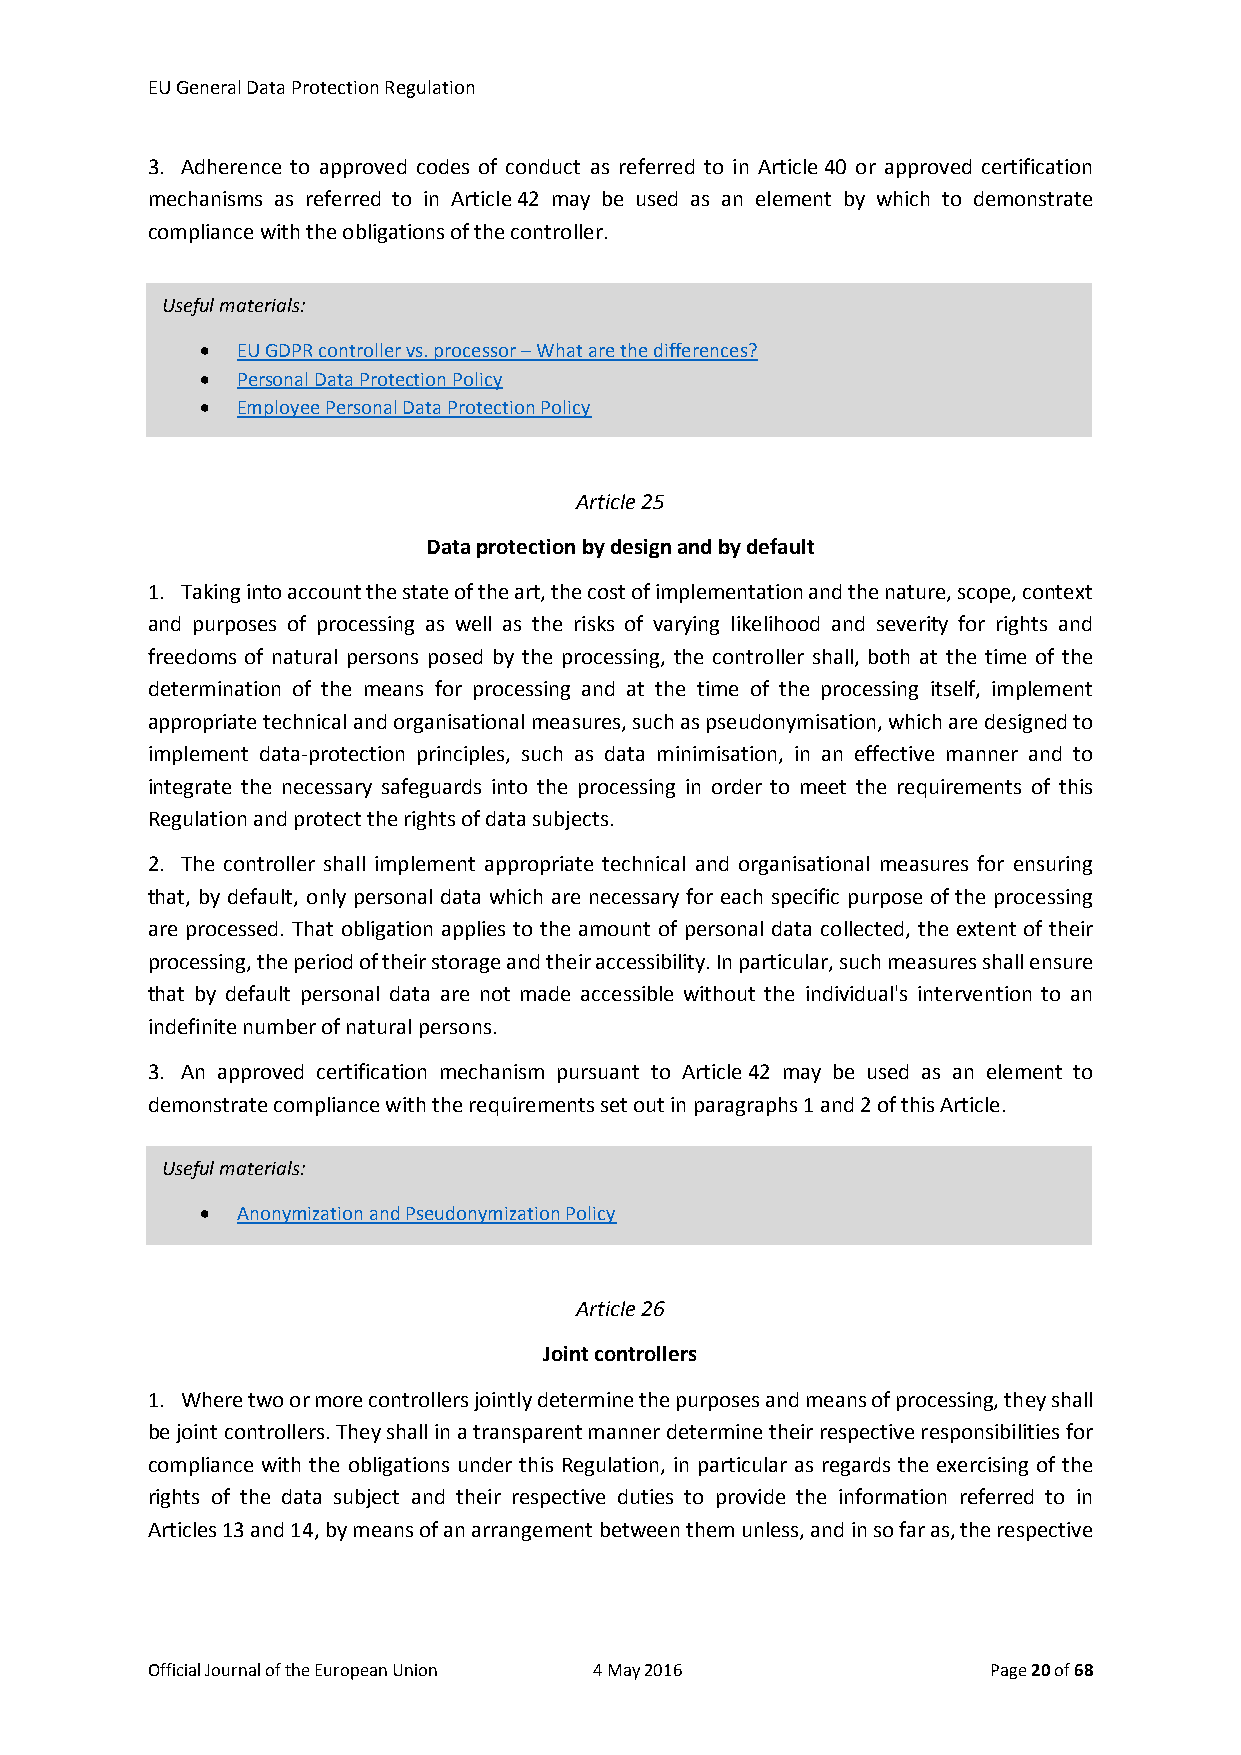
EU General Data Protection Regulation
 3. Adherence to approved codes of conduct as referred to in Article 40 or approved certification
 mechanisms as referred to in Article 42 may be used as an element by which to demonstrate
 compliance with the obligations of the controller.
 Useful materials:
 •  EU GDPR controller vs. processor – What are the differences?
 •  Personal Data Protection Policy
 •  Employee Personal Data Protection Policy
 Article 25
 Data protection by design and by default
 1. Taking into account the state of the art, the cost of implementation and the nature, scope, context
 and purposes of processing as well as the risks of varying likelihood and severity for rights and
 freedoms of natural persons posed by the processing, the controller shall, both at the time of the
 determination of the means for processing and at the time of the processing itself, implement
 appropriate technical and organisational measures, such as pseudonymisation, which are designed to
 implement data-protection principles, such as data minimisation, in an effective manner and to
 integrate the necessary safeguards into the processing in order to meet the requirements of this
 Regulation and protect the rights of data subjects.
 2. The controller shall implement appropriate technical and organisational measures for ensuring
 that, by default, only personal data which are necessary for each specific purpose of the processing
 are processed. That obligation applies to the amount of personal data collected, the extent of their
 processing, the period of their storage and their accessibility. In particular, such measures shall ensure
 that by default personal data are not made accessible without the individual's intervention to an
 indefinite number of natural persons.
 3. An approved certification mechanism pursuant to Article 42 may be used as an element to
 demonstrate compliance with the requirements set out in paragraphs 1 and 2 of this Article.
 Useful materials:
 •  Anonymization and Pseudonymization Policy
 Article 26
 Joint controllers
 1. Where two or more controllers jointly determine the purposes and means of processing, they shall
 be joint controllers. They shall in a transparent manner determine their respective responsibilities for
 compliance with the obligations under this Regulation, in particular as regards the exercising of the
 rights of the data subject and their respective duties to provide the information referred to in
 Articles 13 and 14, by means of an arrangement between them unless, and in so far as, the respective
 Official Journal of the European Union 4 May 2016       Page 20 of 68